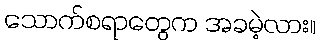
သောက်စရာတွေက အခမဲ့လား။